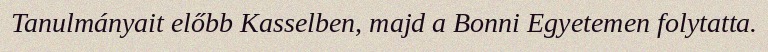
Tanulmányait előbb Kasselben, majd a Bonni Egyetemen folytatta.